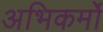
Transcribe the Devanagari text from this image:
अभिकर्मो